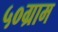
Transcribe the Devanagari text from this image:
५०ग्राम